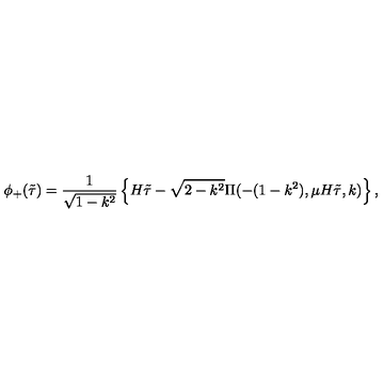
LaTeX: \phi _ { + } ( \tilde { \tau } ) = \frac { 1 } { \sqrt { 1 - k ^ { 2 } } } \left\{ H \tilde { \tau } - \sqrt { 2 - k ^ { 2 } } \Pi ( - ( 1 - k ^ { 2 } ) , \mu H \tilde { \tau } , k ) \right\} ,